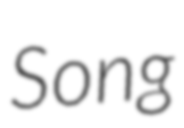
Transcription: Song